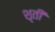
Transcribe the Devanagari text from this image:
शृती